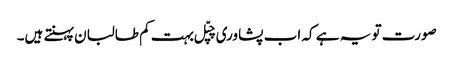
صورت تو یہ ہے کہ اب پشاوری چپّل بہت کم طالبان پہنتے ہیں۔